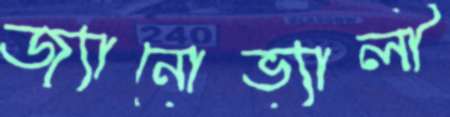
জ্যানোভ্যালী